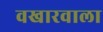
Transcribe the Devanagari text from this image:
वखारवाला